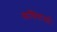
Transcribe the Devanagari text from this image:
कविताओं।